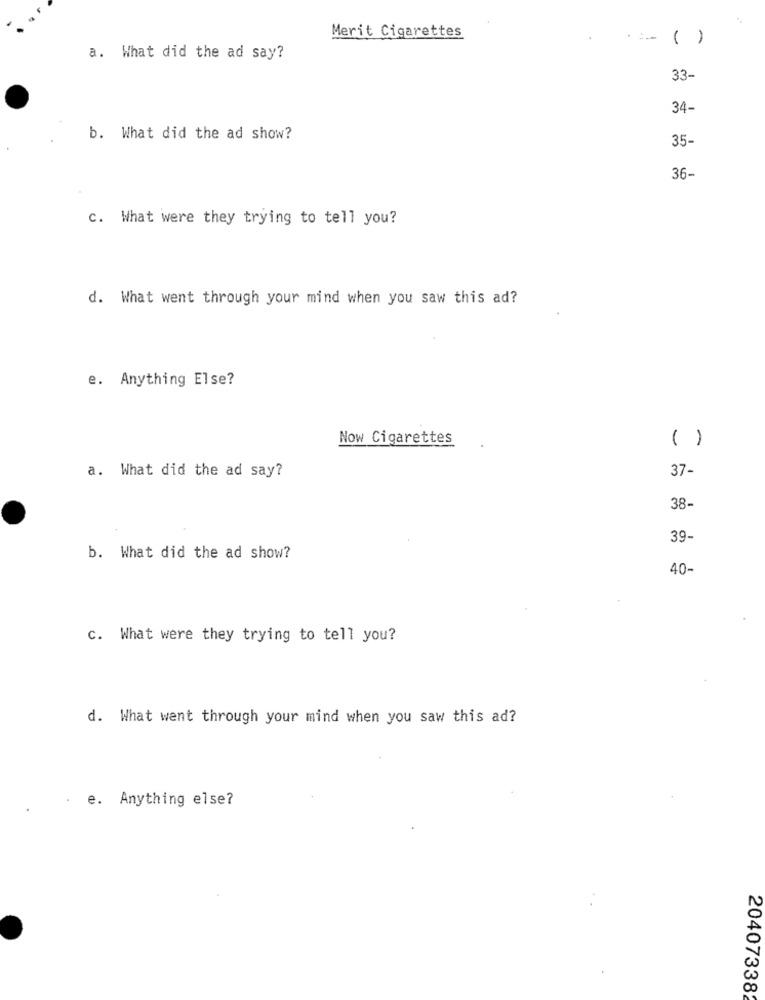
Merit Cigarettes
( )
a. What did the ad say?
33-
34-
b. What did the ad show?
35-
36-
c. What were they trying to tell you?
d. What went through your mind when you saw this ad?
e. Anything Else?
Now Cigarettes
( )
a. What did the ad say?
37-
38-
39-
b. What did the ad show?
40-
c. What were they trying to tell you?
d. What went through your mind when you saw this ad?
e. Anything else?
204073382